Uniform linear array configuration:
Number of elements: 24
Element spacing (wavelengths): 0.25
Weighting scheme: blackman
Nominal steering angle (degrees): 60
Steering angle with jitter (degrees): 61.252
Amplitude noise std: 0.05
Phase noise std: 0.05

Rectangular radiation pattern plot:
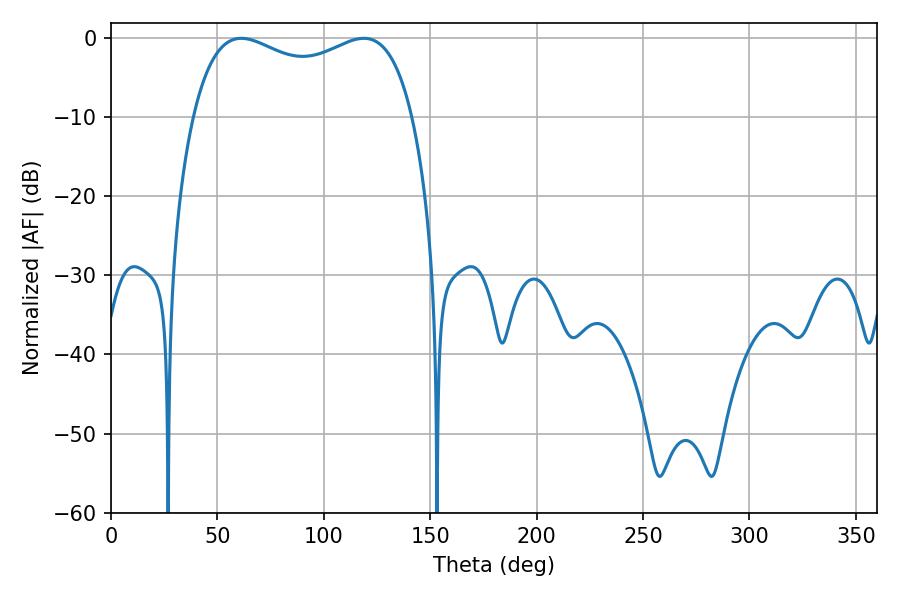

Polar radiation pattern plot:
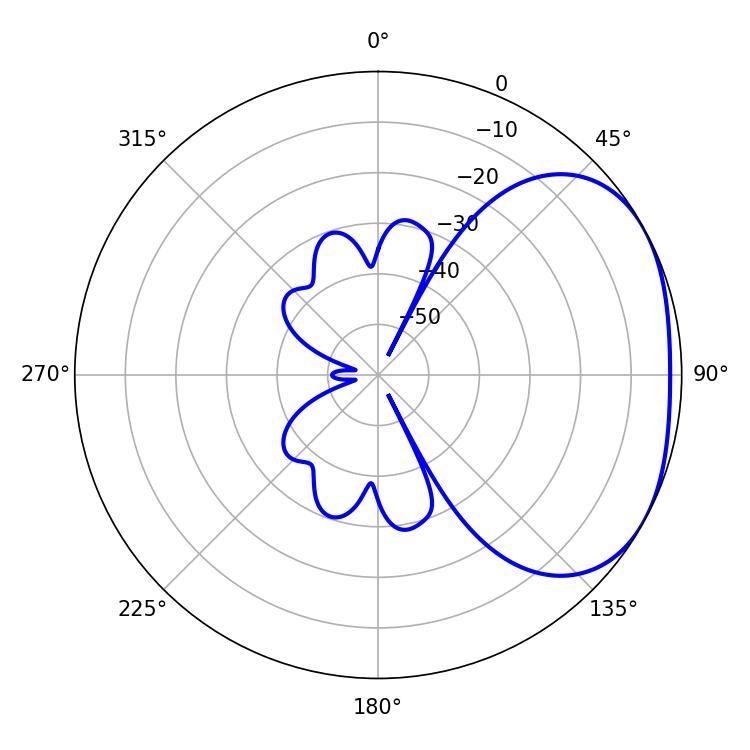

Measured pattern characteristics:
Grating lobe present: FALSE
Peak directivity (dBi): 2.483
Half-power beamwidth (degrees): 85.32
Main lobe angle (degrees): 61.2